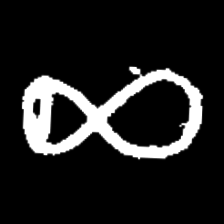
Pyu character \u2014 Myanmar letter: ဆ (romanized: cha)